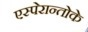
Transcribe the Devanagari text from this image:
एस्पेरान्तोके